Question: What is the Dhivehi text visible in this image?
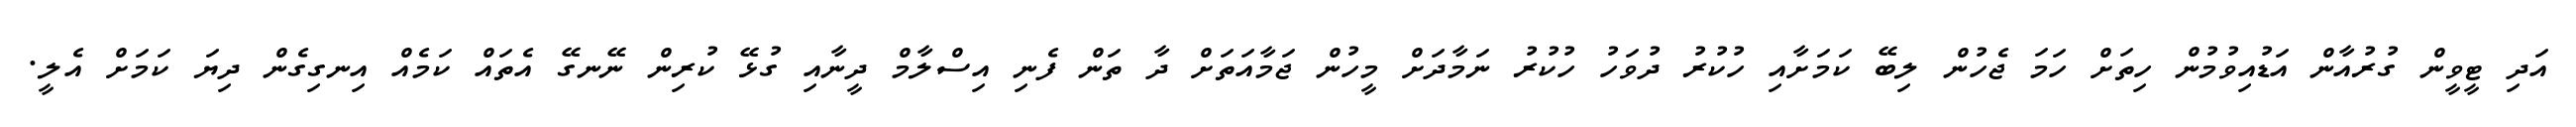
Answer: އަދި ޓީވީން ގުރުއާން އަޑުއިވުމުން ހިތަށް ހަމަ ޖެހުން ލިބޭ ކަމަށާއި ހުކުރު ދުވަހު ހުކުރު ނަމާދަށް މީހުން ޖަމާއަތަށް ދާ ތަން ފެނި އިސްލާމް ދީނާއި ގުޅޭ ކުރިން ނޭނގޭ އެތައް ކަމެއް އިނގިގެން ދިޔަ ކަމަށް އެލީ.